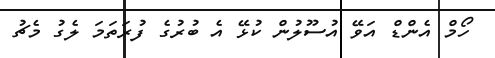
ހޯމް އެންޑް އަވޭ އުސޫލުން ކުޅޭ އެ ބުރުގެ ފުރަތަމަ ލެގު މެޗު